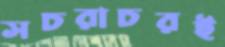
সচরাচরই